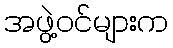
အဖွဲ့ဝင်များက